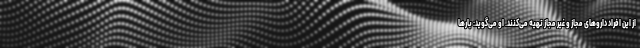
از این افراد داروهای مجاز و غیر مجاز تهیه می‌کنند. او می‌گوید: بارها